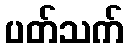
ပတ်သက်